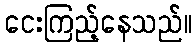
ငေးကြည့်နေသည်။